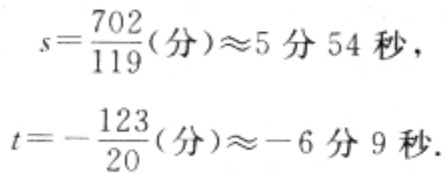
\[
s = \frac{702}{119}(\text{分}) \approx 5\text{ 分 }54\text{ 秒}, \\
t = - \frac{123}{20}(\text{分}) \approx - 6\text{ 分 }9\text{ 秒}.
\]